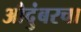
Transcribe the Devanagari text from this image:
औदुंबरचा